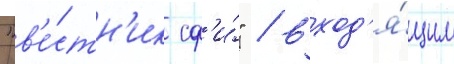
"в'е́стн'ик сф'и́" / вход'я́щим